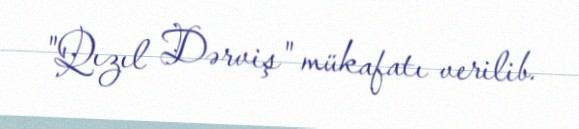
"Qızıl Dərviş" mükafatı verilib.